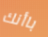
باأنك